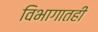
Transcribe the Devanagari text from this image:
विभागातही